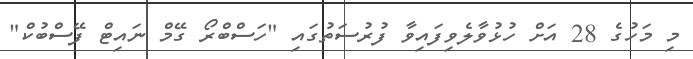
މި މަހުގެ 28 އަށް ހުޅުވާލެވިފައިވާ ފުރުސަތުގައި "ހަސްބްރޯ ގޭމް ނައިޓް ފޭސްބުކް"